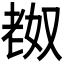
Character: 𫅴